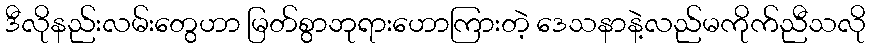
ဒီလိုနည်းလမ်းတွေဟာ မြတ်စွာဘုရားဟောကြားတဲ့ ဒေသနာနဲ့လည်မကိုက်ညီသလို